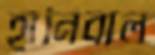
হানিবাল